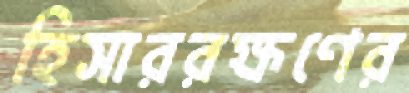
হিসাররক্ষণের